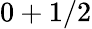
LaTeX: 0+1/2